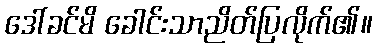
ဒေါ်ခင်မိ ခေါင်းသာညိတ်ပြလိုက်၏။